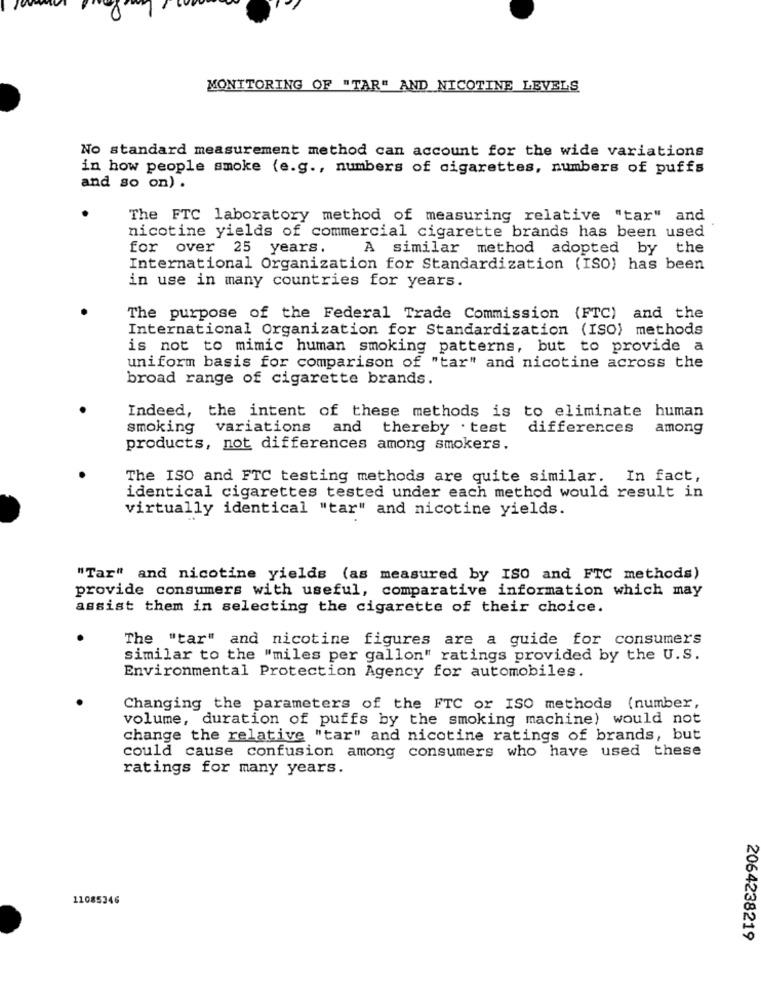
MONITORING OF "TAR" AND NICOTINE LEVELS
No standard measurement method can account for the wide variations
in how people smoke (e.g ., numbers of cigarettes, numbers of puffs
and so on) .
The FTC laboratory method of measuring relative "tar" and
nicotine yields of commercial cigarette brands has been used
for over 25 years.
A similar method adopted by the
International Organization for Standardization (ISO) has been
in use in many countries for years.
The purpose of the Federal Trade Commission (FTC) and the
International Organization for Standardization (ISO) methods
is not to mimic human smoking patterns, but to provide a
uniform basis for comparison of "tar" and nicotine across the
broad range of cigarette brands.
Indeed, the intent of these methods is to eliminate human
smoking
variations and
thereby . test
differences
among
products, not differences among smokers.
The ISO and FTC testing methods are quite similar. In fact,
identical cigarettes tested under each method would result in
virtually identical "tar" and nicotine yields.
"Tar" and nicotine yields (as measured by ISO and FTC methods)
provide consumers with useful, comparative information which may
assist them in selecting the cigarette of their choice.
The "tar" and nicotine figures are a guide for consumers
similar to the "miles per gallon" ratings provided by the U.S.
Environmental Protection Agency for automobiles.
Changing the parameters of the FTC or ISO methods (number,
volume, duration of puffs by the smoking machine) would not
change the relative "tar" and nicotine ratings of brands, but
could cause confusion among consumers who have used these
ratings for many years.
11085346
2064238219